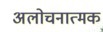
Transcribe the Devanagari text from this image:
अलोचनात्मक